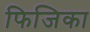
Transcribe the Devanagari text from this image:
फिजिका